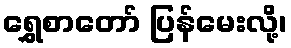
ရွှေစာတော် ပြန်မေးလို့၊